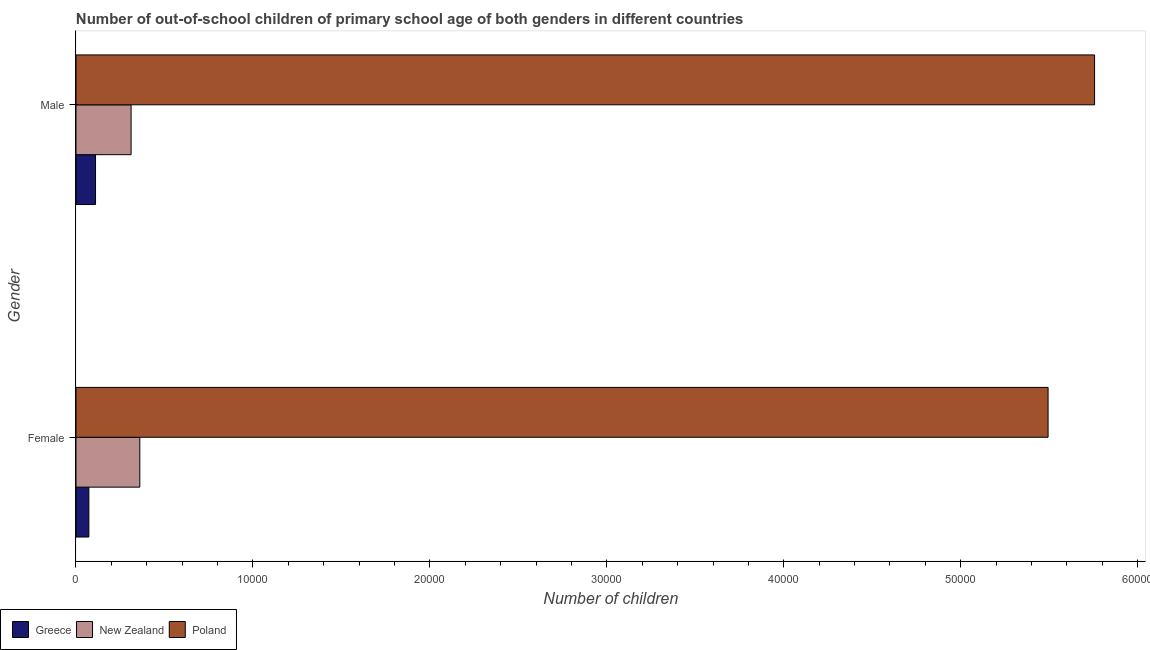
| Gender | Greece | New Zealand | Poland |
 | --- | --- | --- | --- |
 | Female | 728 | 3.61e+03 | 5.49e+04 |
 | Male | 1.1e+03 | 3.11e+03 | 5.76e+04 |